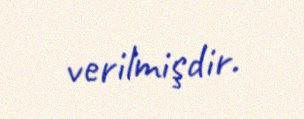
verilmişdir.